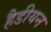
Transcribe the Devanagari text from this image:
हैडीयन